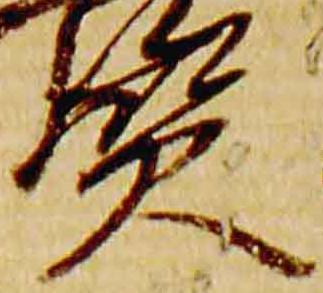
賢